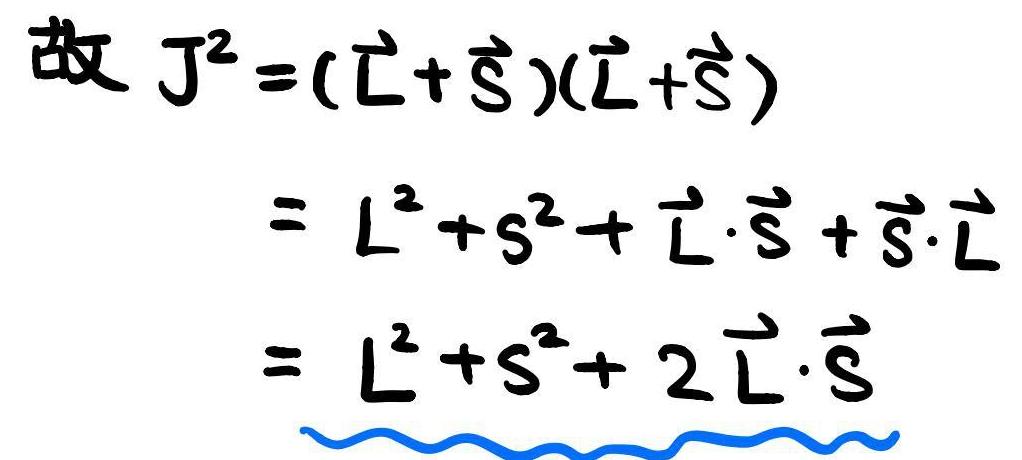
故 \( \mathbf{J}^2 = (\mathbf{L} + \mathbf{S})(\mathbf{L} + \mathbf{S}) \)
\[
\begin{align*}
&= \mathbf{L}^2 + \mathbf{S}^2 + \mathbf{L} \cdot \mathbf{S} + \mathbf{S} \cdot \mathbf{L}\\
&= \mathbf{L}^2 + \mathbf{S}^2 + 2\mathbf{L} \cdot \mathbf{S}
\end{align*}
\]